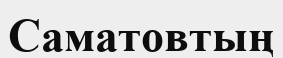
Саматовтың